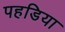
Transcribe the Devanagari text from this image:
पहडिया